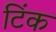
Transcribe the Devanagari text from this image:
टिंक